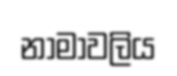
නාමාවලිය